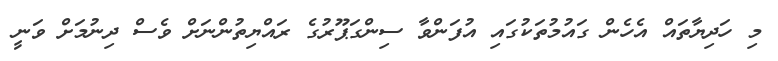
މި ހަދިޔާތައް އެހެން ގައުމުތަކުގައި އުފަންވާ ސިންގަޕޫރުގެ ރައްޔިތުންނަށް ވެސް ދިނުމަށް ވަނީ